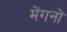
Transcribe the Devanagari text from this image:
मेंगनों